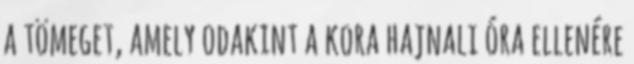
a tömeget, amely odakint a kora hajnali óra ellenére